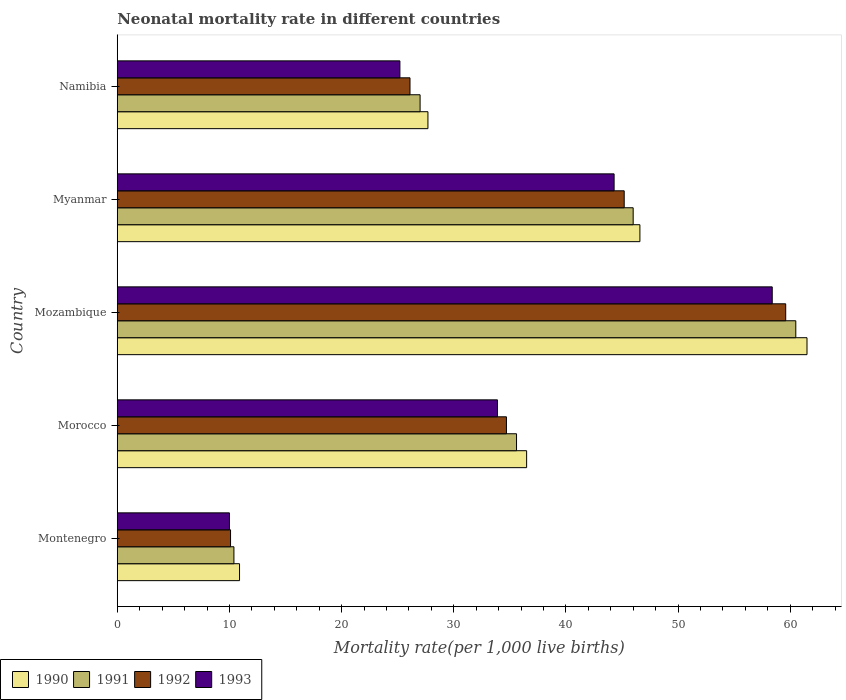
| Country | 1990 | 1991 | 1992 | 1993 |
 | --- | --- | --- | --- | --- |
 | Montenegro | 10.9 | 10.4 | 10.1 | 10 |
 | Morocco | 36.5 | 35.6 | 34.7 | 33.9 |
 | Mozambique | 61.5 | 60.5 | 59.6 | 58.4 |
 | Myanmar | 46.6 | 46 | 45.2 | 44.3 |
 | Namibia | 27.7 | 27 | 26.1 | 25.2 |